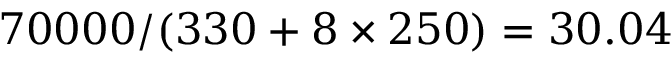
7 0 0 0 0 / ( 3 3 0 + 8 \times 2 5 0 ) = 3 0 . 0 4